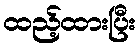
ထည့်ထားပြီး